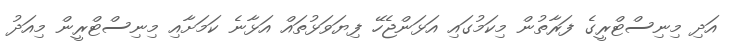
އަދި މިނިސްޓްރީގެ ފަރާތުން މިކަމުގައި އަޅަންޖެހޭ ފިޔަވަޅުތައް އަޅާނެ ކަމަށާއި މިނިސްޓްރީން މިއަދު